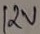
Text: 12V